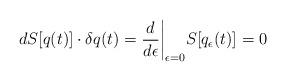
LaTeX: \begin{align*}dS[q(t)] \cdot \delta q(t)=\frac{d}{d\epsilon} \bigg|_{\epsilon=0}S[q_\epsilon(t)]=0\end{align*}